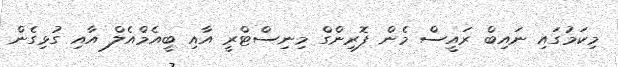
މިކަމުގައި ނައިބް ރައީސް މެން ފޮރިންގް މިނިސްޓްރީ އާއި ބީއެމްއެލް އާއި ގުޅިގެން